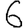
Digit: 6